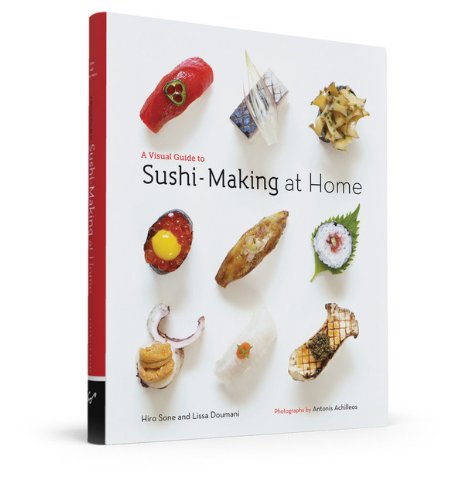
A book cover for A Visual Guide to Sushi-Making at Home; Hiro Sone; Cookbooks, Food & Wine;